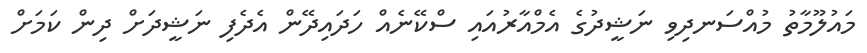
މައުލޫމާތު މުއްސަނދިވި ނަޝީދުގެ އެމްއާރުއައި ސްކޭނެއް ހަދައިދޭން އެދެފި ނަޝީދަށް ދިން ކަމަށް